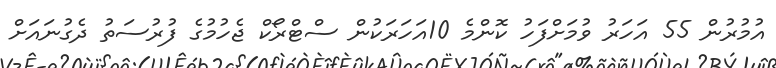
އުމުރުން 55 އަހަރު ވުމަށްފަހު ކޮންމެ 10އަހަރަކުން ސްޓްރޯކް ޖެހުމުގެ ފުރުސަތު ދެގުނައަށް